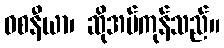
ဝစနီယာ၊ ဆိုအပ်ကုန်သည်။